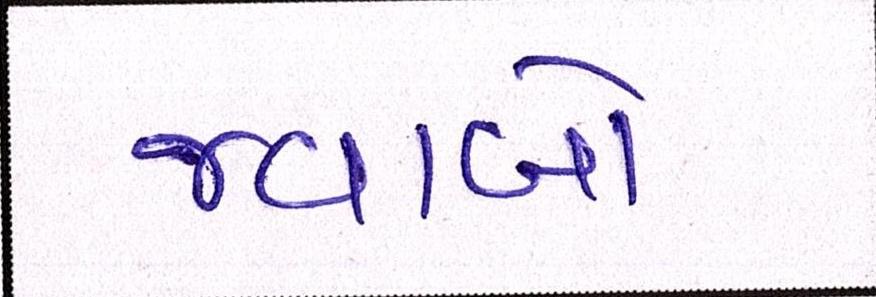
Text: જવાબો